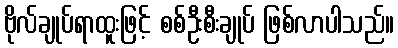
ဗိုလ်ချုပ်ရာထူးဖြင့် စစ်ဦးစီးချုပ် ဖြစ်လာပါသည်။